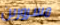
مسرورين